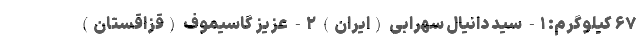
۶۷ کیلوگرم: ۱- سید دانیال سهرابی (ایران) ۲- عزیز گاسیموف (قزاقستان)